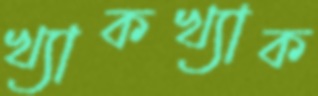
খ্যাকখ্যাক